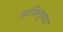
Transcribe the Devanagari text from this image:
व्यक्तिनुसार